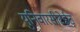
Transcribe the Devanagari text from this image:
युनिवारसीटेईट